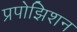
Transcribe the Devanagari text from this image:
प्रपोझिशन